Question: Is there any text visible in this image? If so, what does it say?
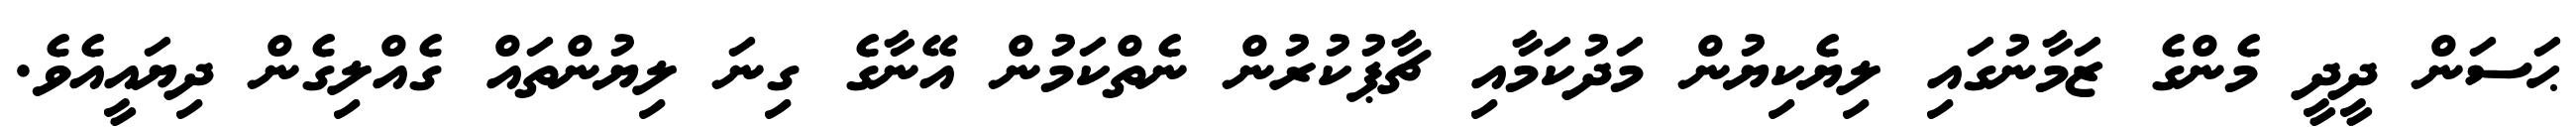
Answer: ޙަސަން ދީދީ މެންގެ ޒަމާނުގައި ލިޔެކިޔުން މަދުކަމާއި ޗާޕުކުރުން ނެތްކަމުން އޭނާގެ ގިނަ ލިޔުންތައް ގެއްލިގެން ދިޔައީއެވެ.